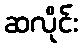
ဆလိုင်း